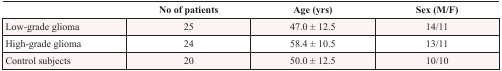
|  | No of patients | Age (yrs) | Sex (M/F) |
 | --- | --- | --- | --- |
 | Low-grade glioma | 25 | 47.0 ± 12.5 | 14/11 |
 | High-grade glioma | 24 | 58.4 ± 10.5 | 13/11 |
 | Control subjects | 20 | 50.0 ± 12.5 | 10/10 |